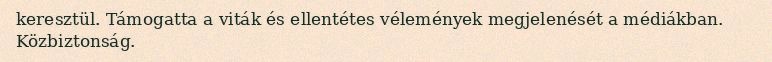
keresztül. Támogatta a viták és ellentétes vélemények megjelenését a médiákban. Közbiztonság.